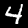
Label: 4